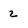
Character: 2